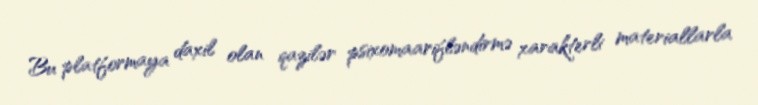
Bu platformaya daxil olan qazilər psixomaarifləndirmə xarakterli materiallarla